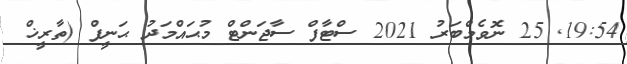
19:54